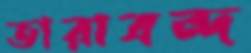
তারাবন্দ